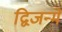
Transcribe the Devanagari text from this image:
द्विजन्में